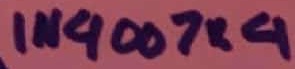
Text: 14007×4